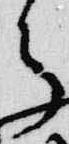
々